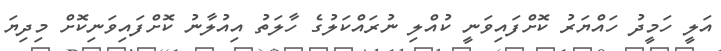
އަލީ ހަމީދު ހައްޔަރު ކޮށްފައިވަނީ ކުއްލި ނުރައްކަލުގެ ހާލަތު އިއުލާނު ކޮށްފައިވަނިކޮށް މިދިޔަ